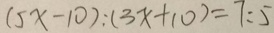
( 5 x - 1 0 ) : ( 3 x + 1 0 ) = 7 : 5